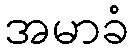
အမာခံ